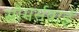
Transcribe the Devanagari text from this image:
सौमर्सबाई